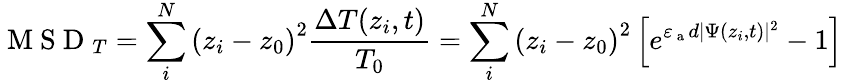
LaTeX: \mathrm{~M~S~D~}_{T}=\sum_{i}^{N}\left(z_{i}-z_{0}\right)^{2}\frac{\Delta T(z_{i},t)}{T_{0}}=\sum_{i}^{N}\left(z_{i}-z_{0}\right)^{2}\left[e^{\varepsilon_{\mathrm{~a~}}d|\Psi(z_{i},t)|^{2}}-1\right]